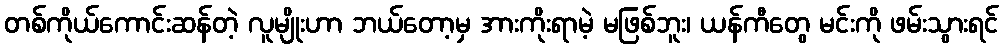
တစ်ကိုယ်ကောင်းဆန်တဲ့ လူမျိုးဟာ ဘယ်တော့မှ အားကိုးရာမဲ့ မဖြစ်ဘူး၊ ယန်ကီတွေ မင်းကို ဖမ်းသွားရင်